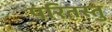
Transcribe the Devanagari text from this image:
परितस्तु